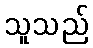
သူသည်